Lunatic asylums Central Provinces reports 1886-1894 - 1886-1894
Year: 1886
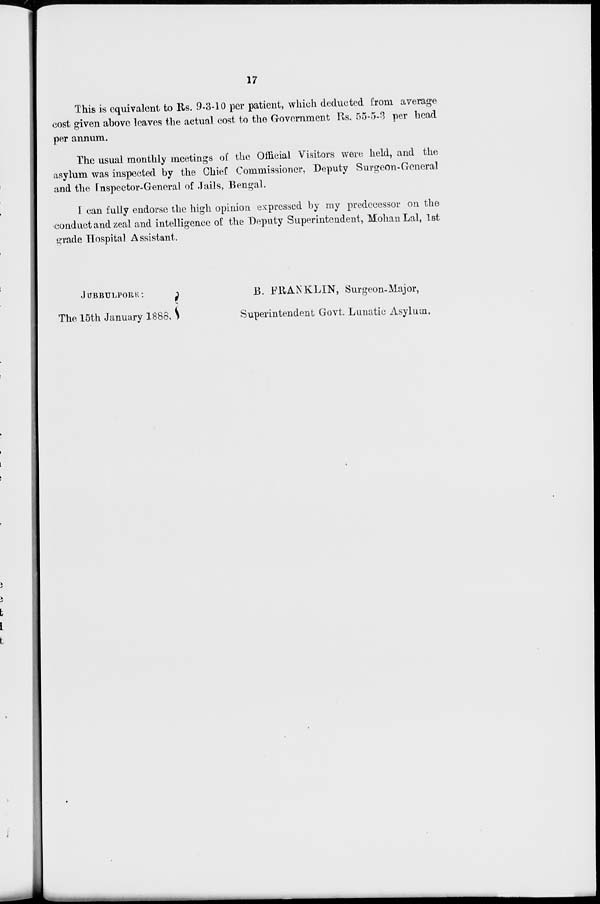
17
This is equivalent to Rs. 9-3-10 per patient, which deducted from average
cost given above leaves the actual cost to the Government Rs. 55-5-3 per head
per annum.
The usual monthly meetings of the Official Visitors were held, and the
asylum was inspected by the Chief Commissioner, Deputy Surgeon-General
and the Inspector-General of Jails, Bengal.
I can fully endorse the high opinion expressed by my predecessor on the
conduct and zeal and intelligence of the Deputy Superintendent, Mohan Lal, 1st
grade Hospital Assistant.
JUBBULPORE:
The 15th January 1888.
B. FRAN KLIN, Surgeon-Major,
Superintendent Govt. Lunatic Asylum.